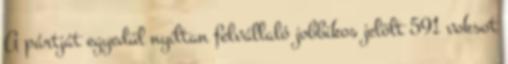
A pártját egyedül nyíltan felvállaló jobbikos jelölt 591 voksot